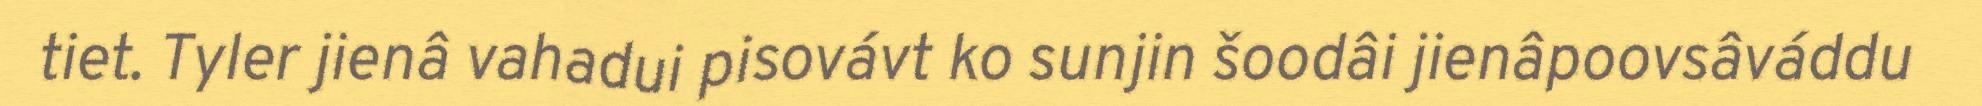
tiet. Tyler jienâ vahadui pisovávt ko sunjin šoodâi jienâpoovsâváddu